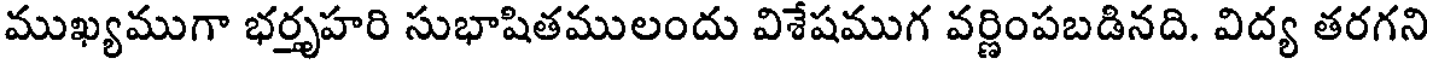
ముఖ్యముగా భర్తృహరి సుభాషితములందు విశేషముగ వర్ణింపబడినది. విద్య తరగని